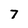
Character: 7